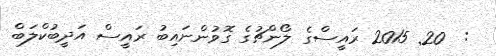
:  20